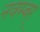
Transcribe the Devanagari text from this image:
नवम्बर्